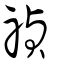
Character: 禎